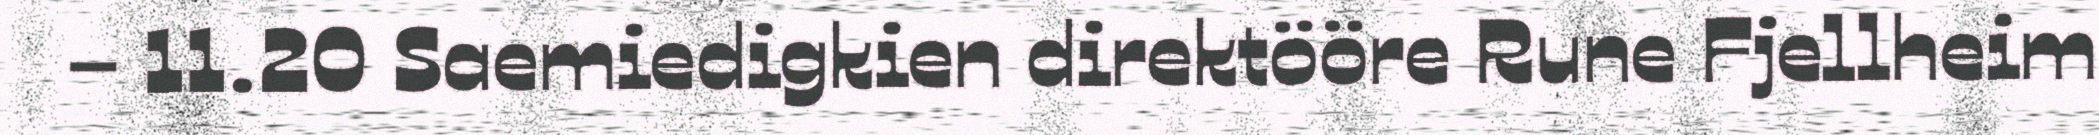
– 11.20 Saemiedigkien direktööre Rune Fjellheim